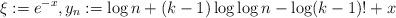
LaTeX: \begin{align*}\xi:=e^{-x}, y_n:=\log n + (k-1)\log\log n - \log (k-1)! + x\end{align*}